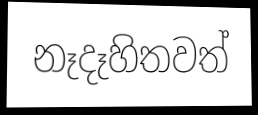
නෑදෑහිතවත්